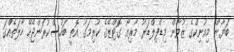
ބަޔާން މިއުނިކްގެ ޒުވާން މިޑްފިލްޑަރު މާރިއޯ ގޮޓްޒޭގެ ކުރިމަގު އޮތީ ބަހުސްކުރަންޖެހޭ ހާލަތެއްގަ